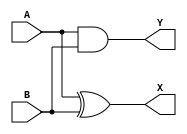
//`timescale 1ns / 1ps
//////////////////////////////////////////////////////////////////////////////////
// Company: MATHSOUL SYSTEMS
// 
// Design Name: 
// Module Name: half_adder
// Project Name: 
// Target Devices: 
// Tool Versions: 
// Description: 
// 
// Dependencies: 
// 
// Revision:
// Revision 0.01 - File Created
// Additional Comments:
// 
//////////////////////////////////////////////////////////////////////////////////


module half_adder(A, B, X, Y);
    input A, B;
    output X, Y;
    
    assign X = A^B;
    assign Y = A&B;
    
endmodule